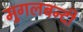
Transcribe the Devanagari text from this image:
मुगलबन्दी